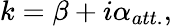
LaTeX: k=\beta+i\alpha_{att.},